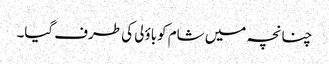
چنانچہ میں شام کوباؤلی کی طرف گیا۔